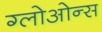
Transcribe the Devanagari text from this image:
ग्लोओन्स